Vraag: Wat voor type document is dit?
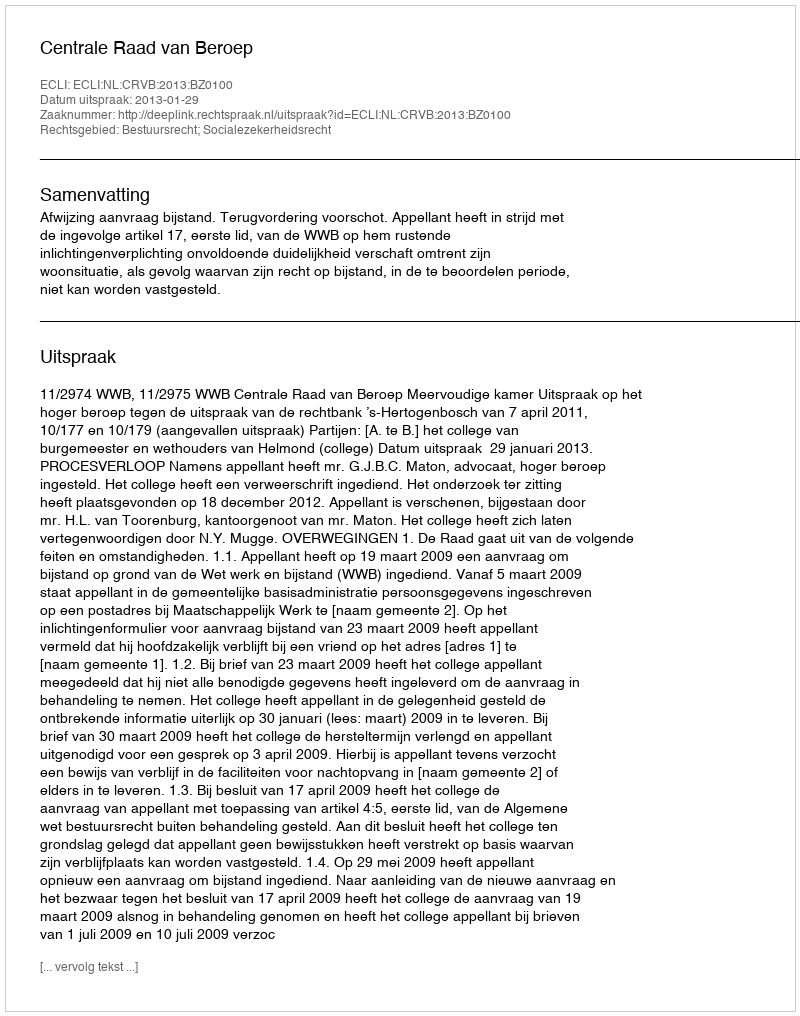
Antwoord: Uitspraak